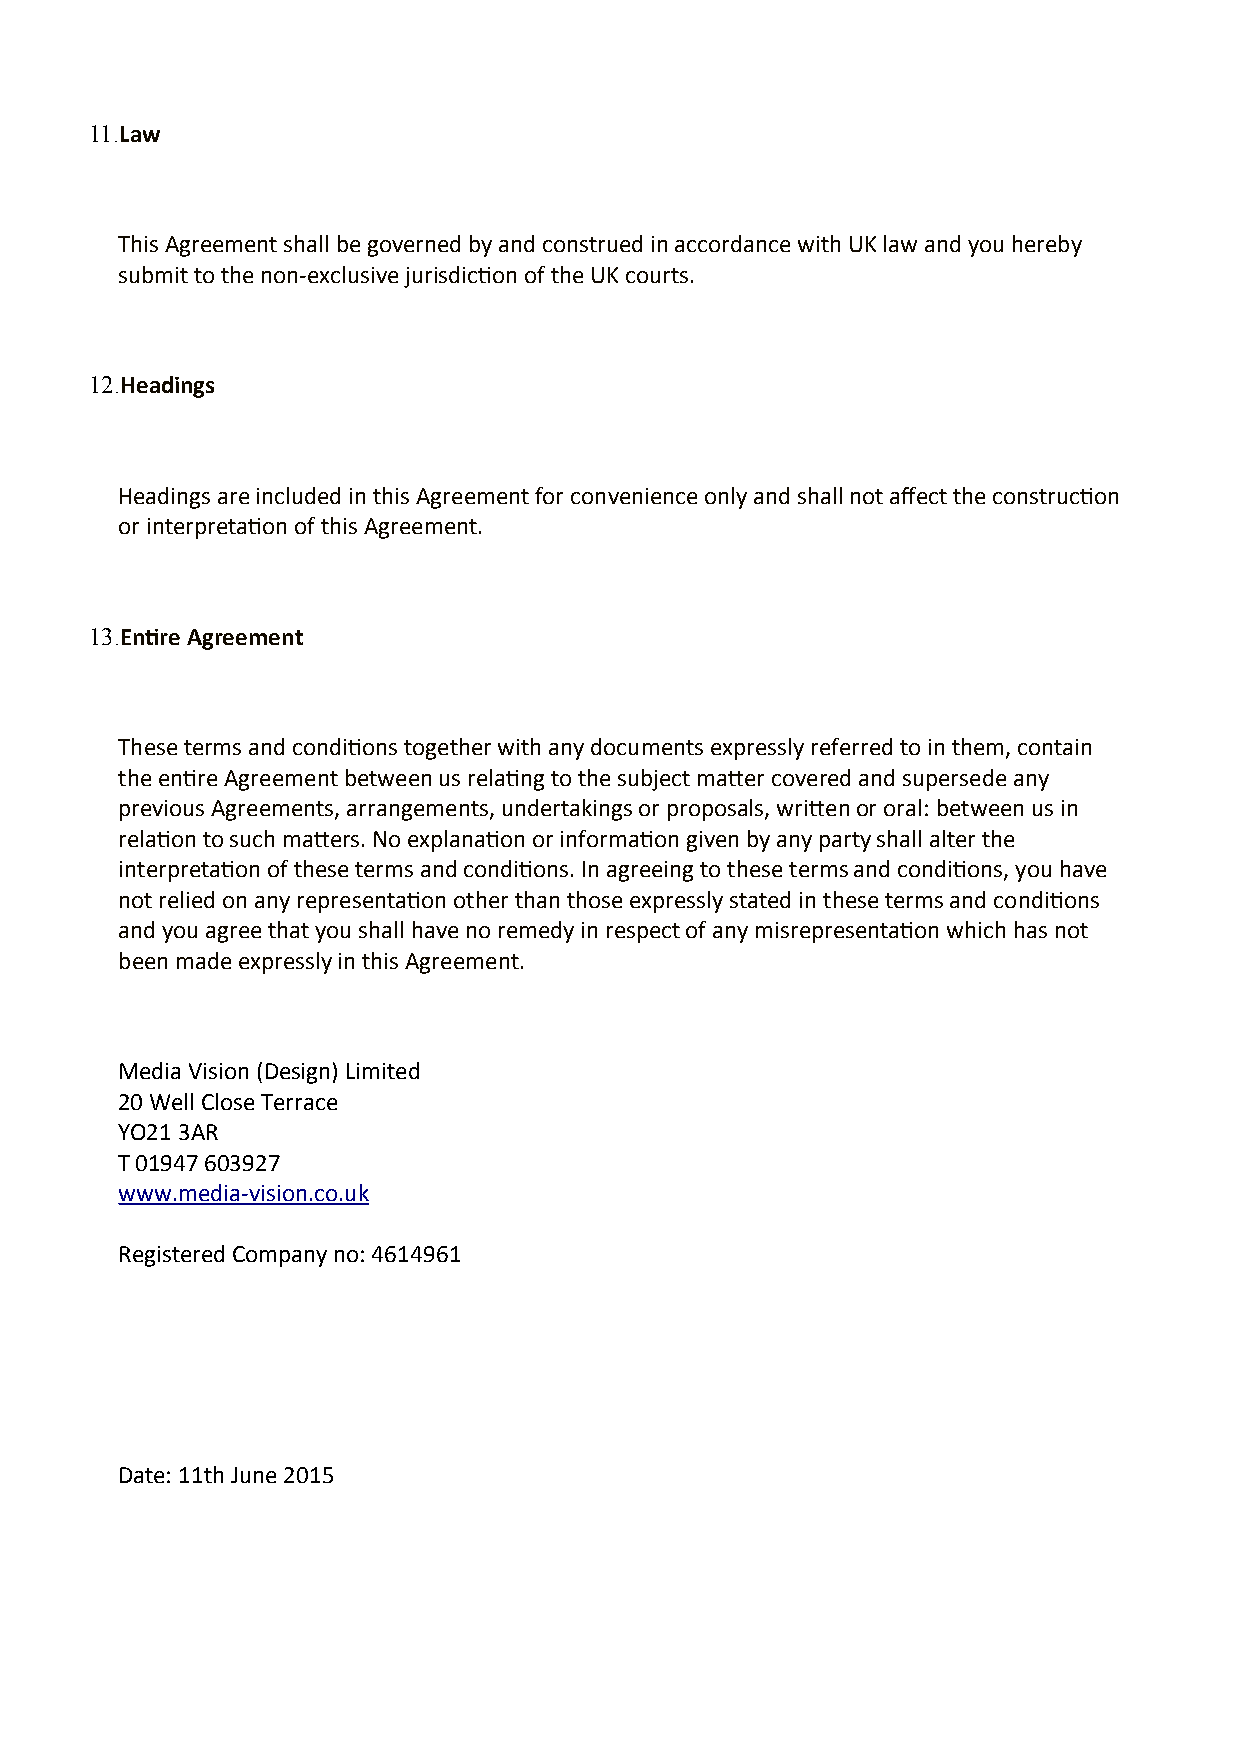
11.Law
 This Agreement shall be governed by and construed in accordance with UK law and you hereby
 submit to the non-exclusive jurisdiction of the UK courts.
 12.Headings
 Headings are included in this Agreement for convenience only and shall not affect the construction
 or interpretation of this Agreement.
 13.Entire Agreement
 These terms and conditions together with any documents expressly referred to in them, contain
 the entire Agreement between us relating to the subject matter covered and supersede any
 previous Agreements, arrangements, undertakings or proposals, written or oral: between us in
 relation to such matters. No explanation or information given by any party shall alter the
 interpretation of these terms and conditions. In agreeing to these terms and conditions, you have
 not relied on any representation other than those expressly stated in these terms and conditions
 and you agree that you shall have no remedy in respect of any misrepresentation which has not
 been made expressly in this Agreement.
 Media Vision (Design) Limited
 20 Well Close Terrace
 YO21 3AR
 T 01947 603927
 www.media-vision.co.uk
 Registered Company no: 4614961
 Date: 11th June 2015